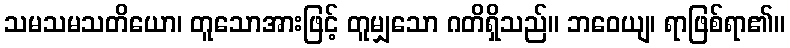
သမသမသတိယော၊ တူသောအားဖြင့် တူမျှသော ဂတိရှိသည်။ ဘဝေယျ၊ ရာဖြစ်ရာ၏။